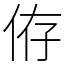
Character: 侟